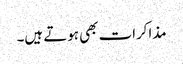
مذاکرات بھی ہوتے ہیں۔